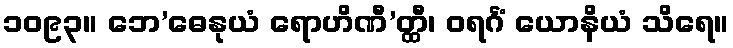
၁၀၉၃။ ဘေ’ဓေနုယံ ရောဟိဏီ’တ္ထီ၊ ဝရင်္ဂံ ယောနိယံ သိရေ။